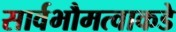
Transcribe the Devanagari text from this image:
सार्वभौमत्वाकडे